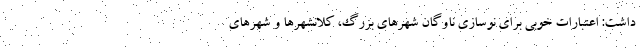
داشت: اعتبارات خوبی برای نوسازی ناوگان شهرهای بزرگ، کلانشهرها و شهرهای